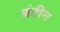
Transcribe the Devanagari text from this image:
बंटीन